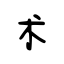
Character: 术